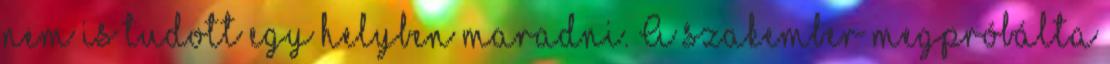
nem is tudott egy helyben maradni. A szakember megpróbálta